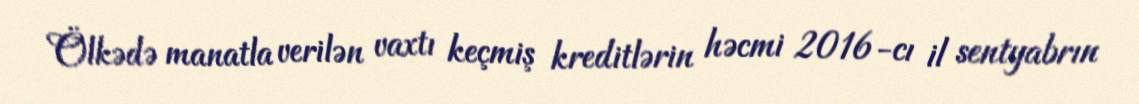
Ölkədə manatla verilən vaxtı keçmiş kreditlərin həcmi 2016-cı il sentyabrın